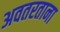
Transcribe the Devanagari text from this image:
अवतरताना